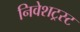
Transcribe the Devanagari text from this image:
निवेशट्रस्ट